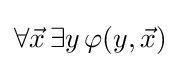
\forall {\vec {x}}\,\exists y\,\!\,\varphi (y,{\vec {x}})